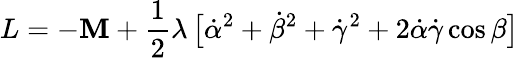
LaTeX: L=-\mathbf{M}+{\frac{{1}}{{2}}}\lambda\, \bigl[\dot{{\alpha}}^{2}+\dot{{\beta}}^{2}+\dot{{\gamma}}^{2}+2\dot{{\alpha}}\dot{{\gamma}}\cos\beta\bigr]